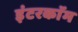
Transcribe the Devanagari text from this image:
इंटरकाॅम